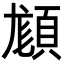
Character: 𩒿